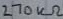
Text: 270kΩ